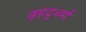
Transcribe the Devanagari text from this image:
वृहद्धर्म